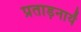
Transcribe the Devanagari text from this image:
प्रताड़नायें